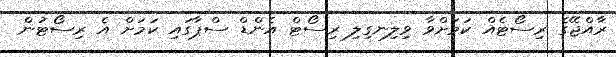
ރާއްޖޭގެ ރިސޯޓެއް ކަމަށްވާ ވިލިނގިލި ރިސޯޓް އެންޑް ސްޕާގައި ކަމަށް އެ ރިސޯޓުން